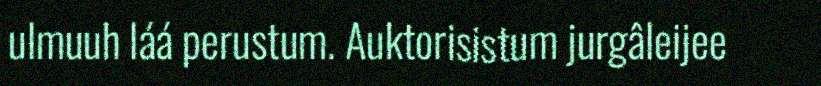
ulmuuh láá perustum. Auktorisistum jurgâleijee